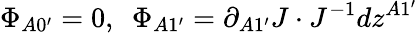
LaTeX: \Phi_{A0^{\prime}}=0,\ \ \Phi_{A1^{\prime}}=\partial_{A1^{\prime}}J\cdot J^{-1}dz^{A1^{\prime}}